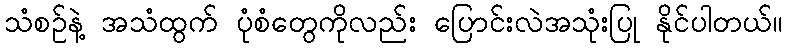
သံစဉ်နဲ့ အသံထွက် ပုံစံတွေကိုလည်း ပြောင်းလဲအသုံးပြု နိုင်ပါတယ်။